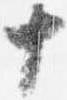
十